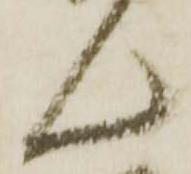
ん